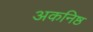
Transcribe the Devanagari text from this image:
अकनिष्ठ